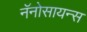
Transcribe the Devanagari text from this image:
नॅनोसायन्स